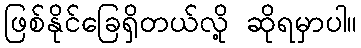
ဖြစ်နိုင်ခြေရှိတယ်လို့ ဆိုရမှာပါ။